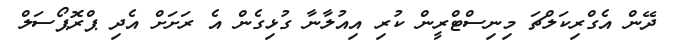
ދޭން އެގްރިކަލްޗަ މިނިސްޓްރީން ކުރި އިއުލާނާ ގުޅިގެން އެ ރަށަށް އެދި ޕްރޮޕޯސަލް